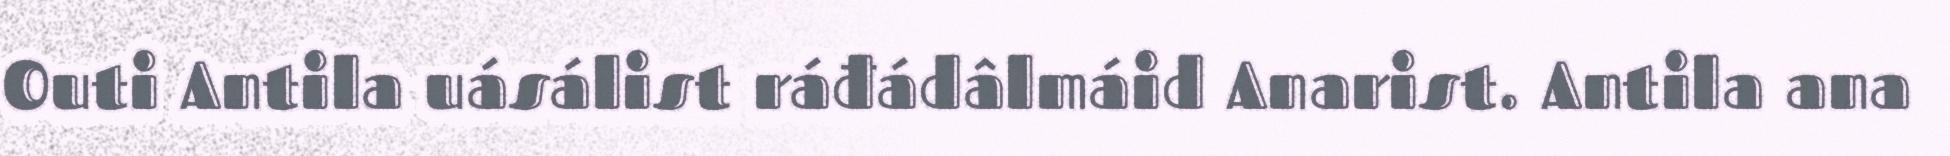
Outi Antila uásálist ráđádâlmáid Anarist. Antila ana